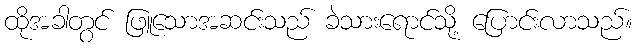
ထိုအခါတွင် ဖြူသောအဆင်းသည် ခဲသားရောင်သို့ ပြောင်းလာသည်။